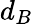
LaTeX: d_{B}